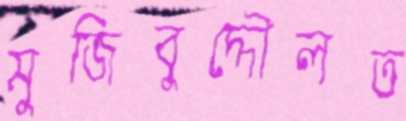
মুজিবুদ্দৌলত